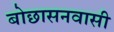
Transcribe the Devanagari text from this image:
बोछासनवासी